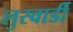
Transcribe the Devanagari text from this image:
लुस्वार्डी